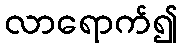
လာရောက်၍